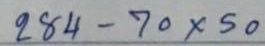
284 - 70 x 50